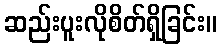
ဆည်းပူးလိုစိတ်ရှိခြင်း။